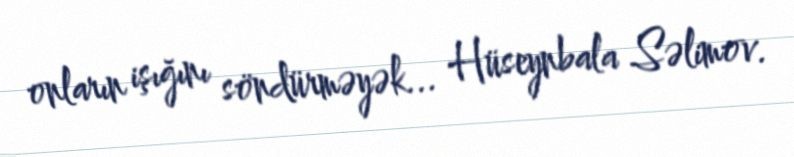
onların işığını söndürməyək... Hüseynbala Səlimov.